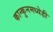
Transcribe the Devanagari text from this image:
कान्कुनमध्येही